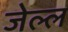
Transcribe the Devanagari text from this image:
जेल्ल